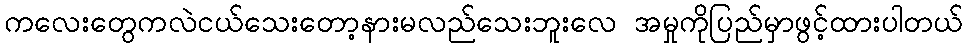
ကလေးတွေကလဲငယ်သေးတော့နားမလည်သေးဘူးလေ အမှုကိုပြည်မှာဖွင့်ထားပါတယ်